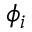
\phi _ { i }